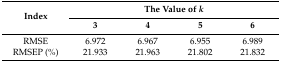
<table><thead><tr><td rowspan="2"><b>Index</b></td><td colspan="4"><b>The Value of <i>k</i></b></td></tr><tr><td><b>3</b></td><td><b>4</b></td><td><b>5</b></td><td><b>6</b></td></tr></thead><tbody><tr><td>RMSE</td><td>6.972</td><td>6.967</td><td>6.955</td><td>6.989</td></tr><tr><td>RMSEP (%)</td><td>21.933</td><td>21.963</td><td>21.802</td><td>21.832</td></tr></tbody></table>